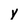
Character: y